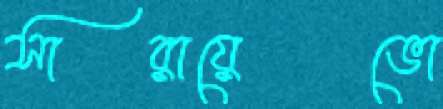
সারায়েভো